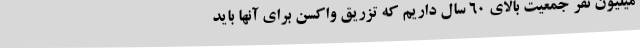
میلیون نفر جمعیت بالای 60 سال داریم که تزریق واکسن برای آنها باید